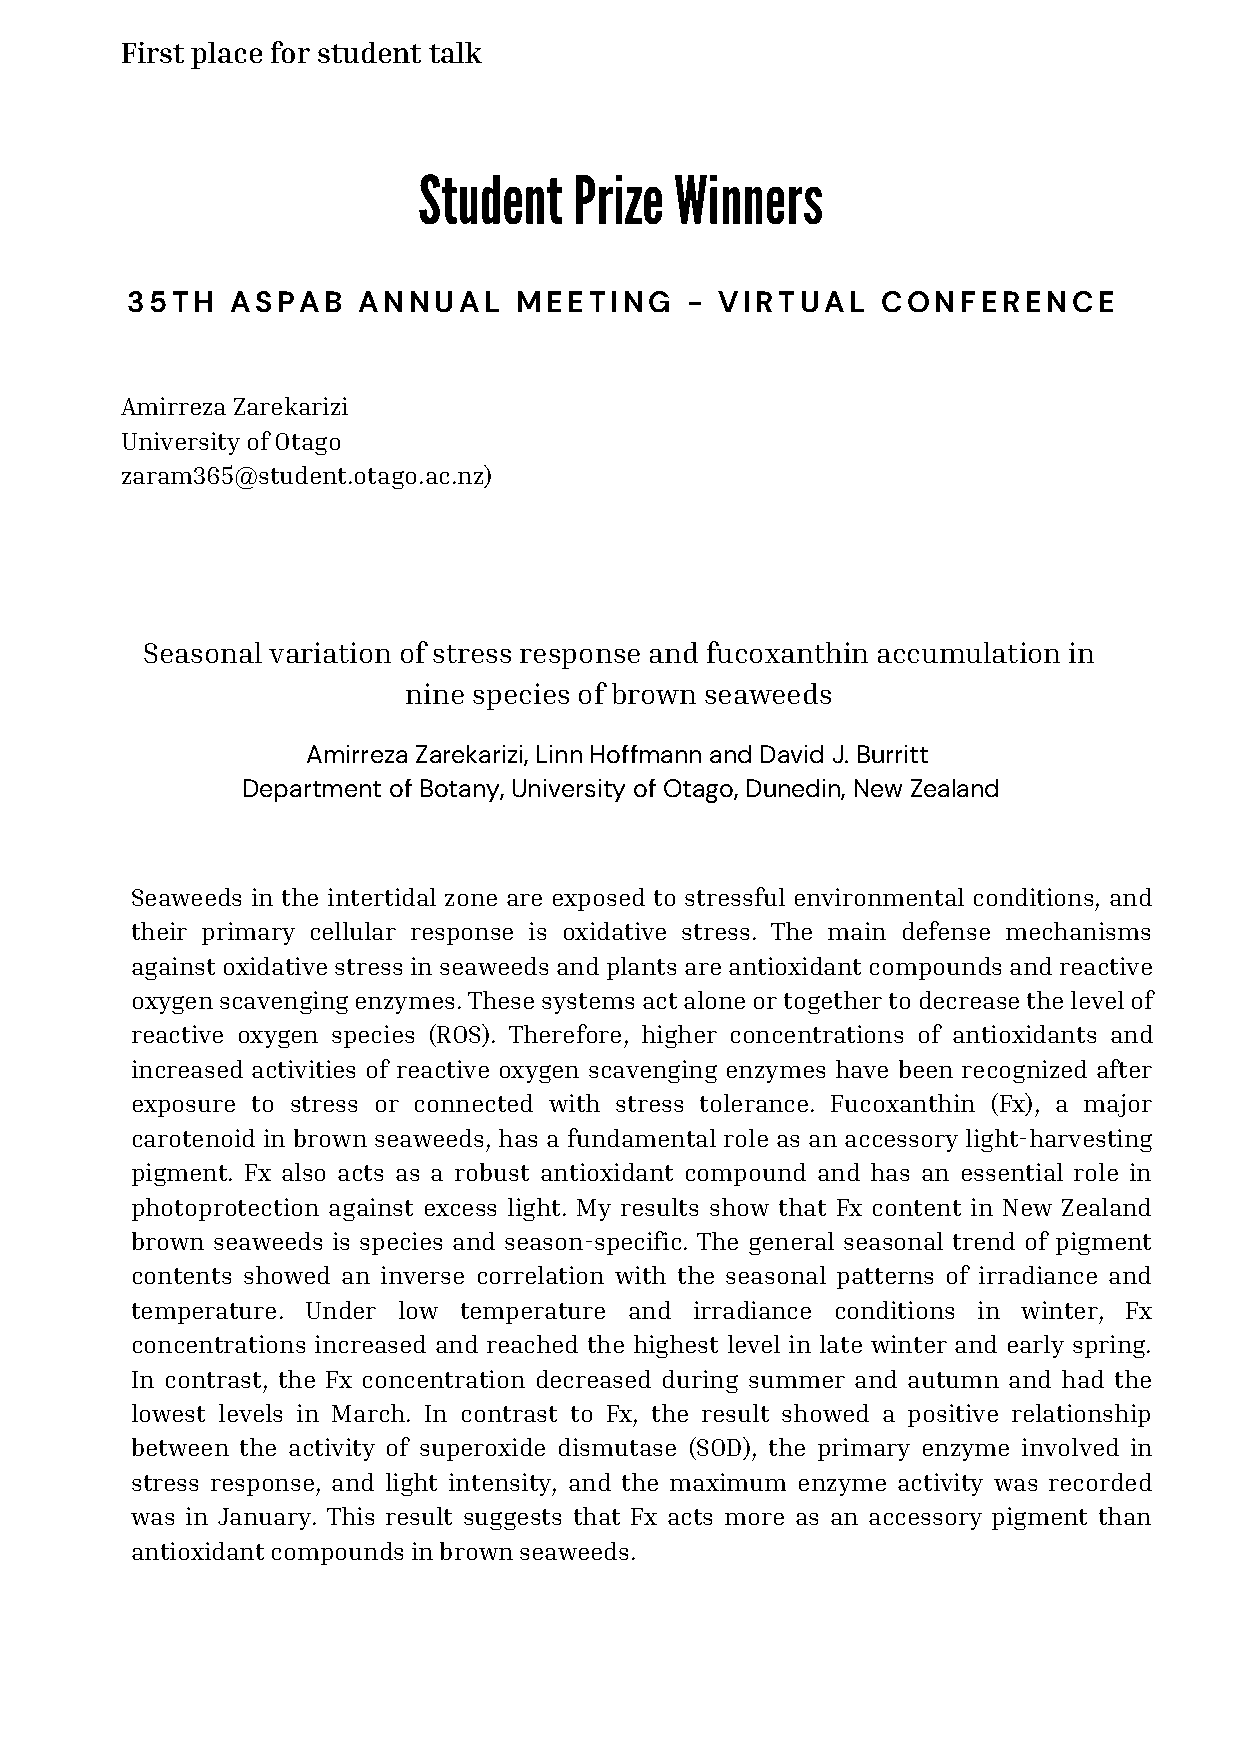
First place for student talk
 Student   Prize  Winners
 35TH   ASPAB    ANNUAL    MEETING    -  VIRTUAL   CONFERENCE
 Amirreza Zarekarizi
 University of Otago
 zaram365@student.otago.ac.nz)
 Seasonal variation of stress response and fucoxanthin accumulation in
 nine species of brown seaweeds
 Amirreza Zarekarizi, Linn Hoffmann and David J. Burritt
 Department of Botany, University of Otago, Dunedin, New Zealand
 Seaweeds in the intertidal zone are exposed to stressful environmental conditions, and
 their primary cellular response is oxidative stress. The main defense mechanisms
 against oxidative stress in seaweeds and plants are antioxidant compounds and reactive
 oxygen scavenging enzymes. These systems act alone or together to decrease the level of
 reactive oxygen species (ROS). Therefore, higher concentrations of antioxidants and
 increased activities of reactive oxygen scavenging enzymes have been recognized after
 exposure to stress or connected with stress tolerance. Fucoxanthin (Fx), a major
 carotenoid in brown seaweeds, has a fundamental role as an accessory light-harvesting
 pigment. Fx also acts as a robust antioxidant compound and has an essential role in
 photoprotection against excess light. My results show that Fx content in New Zealand
 brown seaweeds is species and season-specific. The general seasonal trend of pigment
 contents showed an inverse correlation with the seasonal patterns of irradiance and
 temperature. Under low temperature and irradiance conditions in winter, Fx
 concentrations increased and reached the highest level in late winter and early spring.
 In contrast, the Fx concentration decreased during summer and autumn and had the
 lowest levels in March. In contrast to Fx, the result showed a positive relationship
 between the activity of superoxide dismutase (SOD), the primary enzyme involved in
 stress response, and light intensity, and the maximum enzyme activity was recorded
 was in January. This result suggests that Fx acts more as an accessory pigment than
 antioxidant compounds in brown seaweeds.